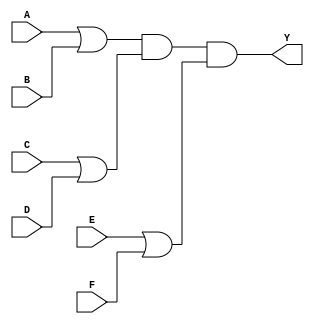
module pos_simplification (
    input wire A,
    input wire B,
    input wire C,
    input wire D,
    input wire E,
    input wire F,
    output wire Y
);

// Define the sum terms based on the POS expression
wire sum1; // (A + B)
wire sum2; // (C + D)
wire sum3; // (E + F)

// Implement the sum terms using OR gates
assign sum1 = A | B; // First sum term
assign sum2 = C | D; // Second sum term
assign sum3 = E | F; // Third sum term

// Implement the product of sum terms using AND gates
assign Y = sum1 & sum2 & sum3; // Final output Y = (A + B)(C + D)(E + F)

endmodule